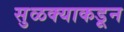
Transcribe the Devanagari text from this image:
सुळक्याकडून